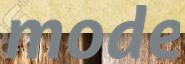
mode